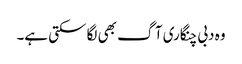
وہ دبی چنگاری آگ بھی لگا سکتی ہے۔